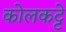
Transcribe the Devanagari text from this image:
कोलकट्टे